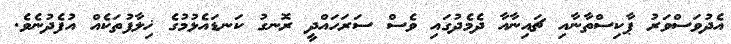
އެދުވަސްވަރު ޕާކިސްތާނާއި ޗައިނާއާ ދެމެދުގައި ވެސް ސަރަހައްދީ ރޮނގު ކަނޑައެޅުމުގެ ޚިލާފުތަކެއް އުފެދުނެވެ.